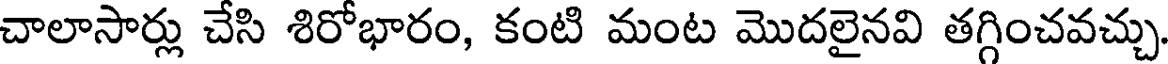
చాలాసార్లు చేసి శిరోభారం, కంటి మంట మొదలైనవి తగ్గించవచ్చు